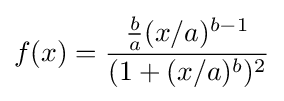
f(x)={\frac {{\frac {b}{a}}(x/a)^{b-1}}{(1+(x/a)^{b})^{2}}}